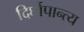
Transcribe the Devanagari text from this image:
दिर्घोपान्त्य